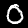
Digit: 0